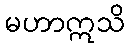
မဟာဣသိ